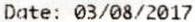
DATE: 03/08/2017